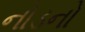
નોડનો